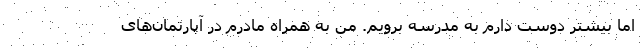
اما بیشتر دوست دارم به مدرسه برویم. من به همراه مادرم در آپارتمان‌های